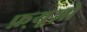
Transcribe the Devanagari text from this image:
फ़्यूज़ो